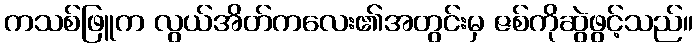
ကသစ်ဖြူက လွယ်အိတ်ကလေး၏အတွင်းမှ ဇစ်ကိုဆွဲဖွင့်သည်။